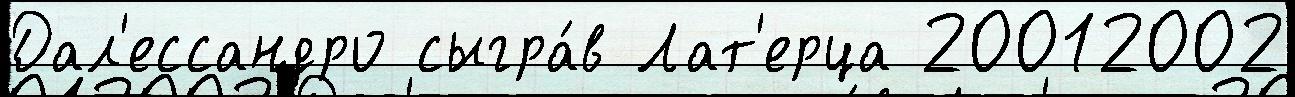
Дал'ессандро сыгра́в Лат'ерца 20012002